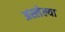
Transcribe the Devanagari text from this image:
अस्लेल्या